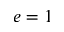
e = 1